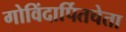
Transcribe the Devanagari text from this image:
गोविंदार्पितचेता